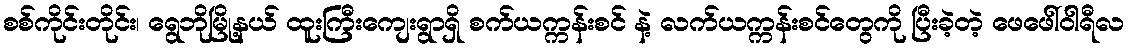
စစ်ကိုင်းတိုင်း၊ ရွေဘိုမြို့နယ် ထူးကြီးကျေးရွာရှိ စက်ယက္ကန်းစင် နဲ့ လက်ယက္ကန်းစင်တွေကို ပြီးခဲ့တဲ့ ဖေဖေါ်ဝါရီလ